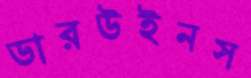
ডারউইনস